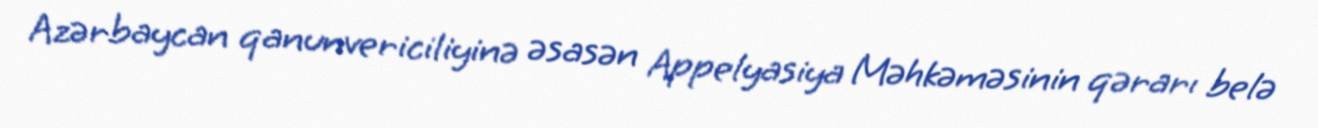
Azərbaycan qanunvericiliyinə əsasən Appelyasiya Məhkəməsinin qərarı belə